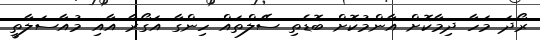
ރޯދަ މަހާ ދިމާކޮށް އާންމުކޮށް ބޮޑެތި ސޭލްތައް ހިންގާ އަގޯރާ އާއި މުއާސަލާތީ